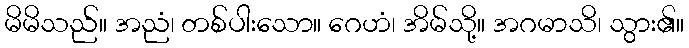
မိမိသည်။ အညံ၊ တစ်ပါးသော။ ဂေဟံ၊ အိမ်သို့။ အဂမာသိ၊ သွား၏။